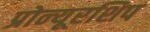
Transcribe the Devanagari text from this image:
प्रोन्‍यूरशिप